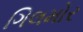
ગિલમોર